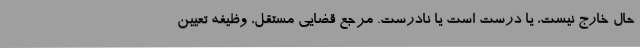
حال خارج نیست، یا درست است یا نادرست. مرجع قضایی مستقل، وظیفه تعیین